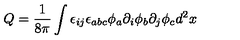
Q = \frac { 1 } { 8 \pi } \int \epsilon _ { i j } \epsilon _ { a b c } \phi _ { a } \partial _ { i } \phi _ { b } \partial _ { j } \phi _ { c } d ^ { 2 } x